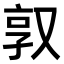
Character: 𫨿